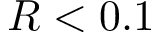
R < 0 . 1